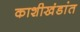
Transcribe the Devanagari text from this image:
काशीखंडांत